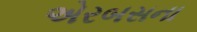
એરબસના